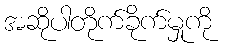
အဆိုပါတိုက်ခိုက်မှုကို